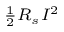
\scriptstyle { { \frac { 1 } { 2 } } R _ { s } I ^ { 2 } }